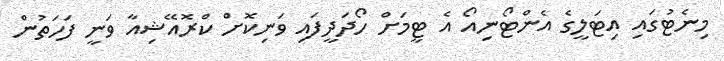
މިނެޓުގައި އިޓަލީގެ އެންޓޯނިއޯ އެ ޓީމަށް ހޯދަދީފައި ވަނިކޮށް ކްރޮއޭޝިއާ ވަނީ ފަހަތުން